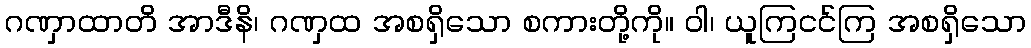
ဂဏှာထာတိ အာဒီနိ၊ ဂဏှထ အစရှိသော စကားတို့ကို။ ဝါ၊ ယူကြငင်ကြ အစရှိသော